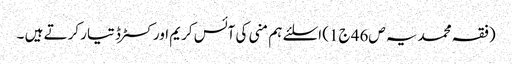
(فقہ محمدیہ ص46 ج1) اسلئے ہم منی کی آئس کریم اور کسٹرڈ تیار کرتے ہیں ۔